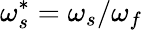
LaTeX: \omega_{s}^{*}=\omega_{s}/\omega_{f}